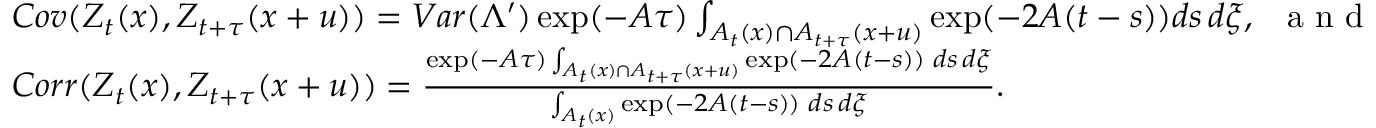
\begin{array} { r l } & { C o v ( \boldsymbol { Z } _ { t } ( x ) , \boldsymbol { Z } _ { t + \tau } ( x + u ) ) = V a r ( \Lambda ^ { \prime } ) \exp ( - A \tau ) \int _ { A _ { t } ( x ) \cap A _ { t + \tau } ( x + u ) } \exp ( - 2 A ( t - s ) ) d s \, d \xi , \, \, \, \textrm { a n d } } \\ & { C o r r ( \boldsymbol { Z } _ { t } ( x ) , \boldsymbol { Z } _ { t + \tau } ( x + u ) ) = \frac { \exp ( - A \tau ) \int _ { A _ { t } ( x ) \cap A _ { t + \tau } ( x + u ) } \exp ( - 2 A ( t - s ) ) \, \, d s \, d \xi } { \int _ { A _ { t } ( x ) } \exp ( - 2 A ( t - s ) ) \, \, d s \, d \xi } . } \end{array}